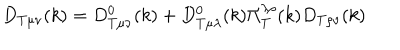
D _ { T \mu \nu } ( k ) = D _ { T \mu \nu } ^ { 0 } ( k ) + D _ { T \mu \lambda } ^ { 0 } ( k ) \Pi _ { T } ^ { \lambda \rho } ( k ) D _ { T \rho \nu } ( k )